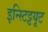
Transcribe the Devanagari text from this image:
इन्स्टिट्टयूट